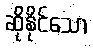
ဆိုနိုင်သော